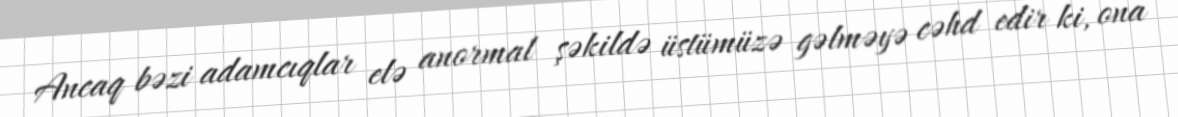
Ancaq bəzi adamcıqlar elə anormal şəkildə üstümüzə gəlməyə cəhd edir ki, ona